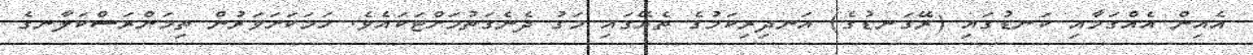
އެއިން އެއްގަމާއި ކަނޑުގައި (ރޭގަނޑުގެ) އަނދިރިކަމުގެ ތެރޭގައި މަގު ދެނެގަތުމަށްޓަކައެވެ. ހަމަކަށަވަރުން ތިމަންރަސްކަލާނގެ